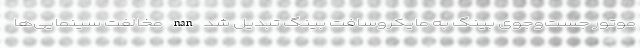
موتور جست‌وجوی بینگ به مایکروسافت بینگ تبدیل شد nan مخالفت سینمایی‌ها